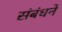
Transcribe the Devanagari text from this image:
संबंधने